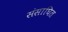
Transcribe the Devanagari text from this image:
संसाघित